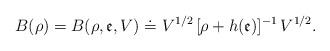
LaTeX: \begin{align*}B(\rho )=B(\rho ,\mathfrak{e},V)\doteq V^{1/2}\,[\rho +h(\mathfrak{e})]^{-1}\,V^{1/2}. \end{align*}